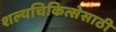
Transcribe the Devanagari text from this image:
शल्यचिकित्सेसाठी